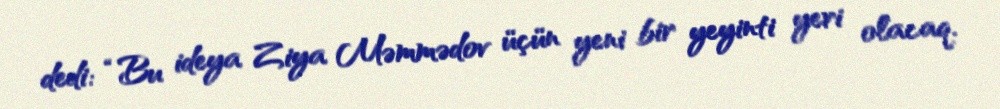
dedi: “Bu ideya Ziya Məmmədov üçün yeni bir yeyinti yeri olacaq.